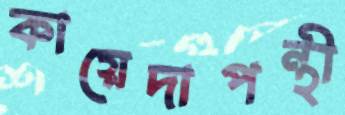
কায়েদাপন্থী